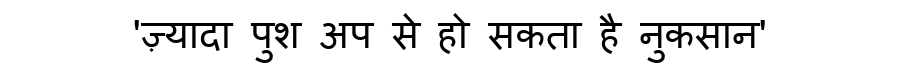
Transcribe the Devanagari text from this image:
'ज़्यादा पुश अप से हो सकता है नुकसान'